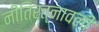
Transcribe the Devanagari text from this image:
नीतिरत्नावली